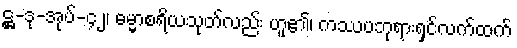
ဋ္ဌ-ဒု-အုပ်-၄၂၊ ဓမ္မာစရိယသုတ်လည်း ဟူ၏၊ ကဿပဘုရားရှင်လက်ထက်